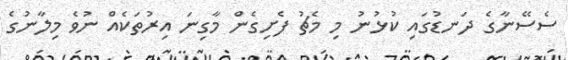
ސެސޭނާގެ ދަނޑުގައި ކުޅުނު މި މެޗު ފެށިގެން މާގިނަ އިރުތަކެއް ނުވެ މިލާނުގެ